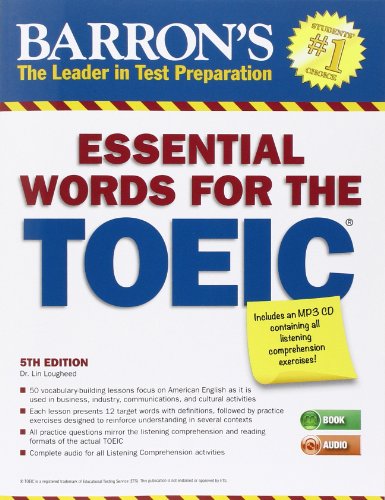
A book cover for Essential Words for the TOEIC with MP3 CD, 5th Edition (Barron's Essential Words for the Toeic Test); Dr. Lin Lougheed; Test Preparation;